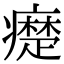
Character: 𤻇